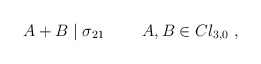
\begin{align*}A + B \mid \sigma_{21}~~~~~~~A,B \in Cl_{3,0}~,\end{align*}